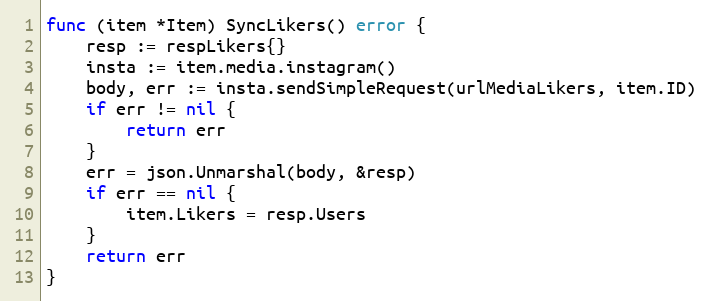
Language: Go
func (item *Item) SyncLikers() error {
	resp := respLikers{}
	insta := item.media.instagram()
	body, err := insta.sendSimpleRequest(urlMediaLikers, item.ID)
	if err != nil {
		return err
	}
	err = json.Unmarshal(body, &resp)
	if err == nil {
		item.Likers = resp.Users
	}
	return err
}